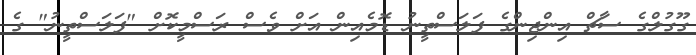
ގޫގުލްގެ ސާޗް އިންޖިންގެ ފަލަސްތީނު ޑޮމެއިން އަށް ވެސް ރަސްމީކޮށް "ފަލަސްތީނު" ގެ